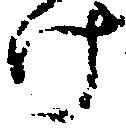
け